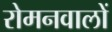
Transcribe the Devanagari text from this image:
रोमनवालों